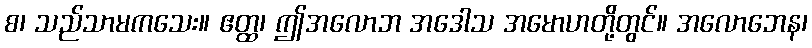
စ၊ သည်သာမကသေး။ ဧတ္ထ၊ ဤအလောဘ အဒေါသ အမောဟတို့တွင်။ အလောဘေန၊